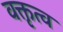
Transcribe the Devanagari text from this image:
वक्तृत्‍व